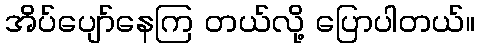
အိပ်ပျော်နေကြ တယ်လို့ ပြောပါတယ်။